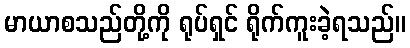
မာယာစသည်တို့ကို ရုပ်ရှင် ရိုက်ကူးခဲ့ရသည်။